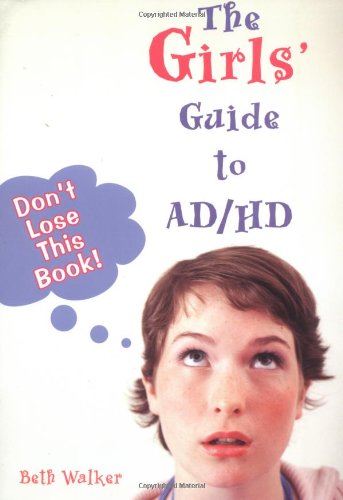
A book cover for The Girls' Guide to AD/HD; Beth Walker; Health, Fitness & Dieting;